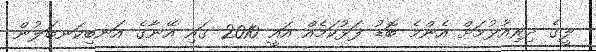
ލީގެ ދިރިއުޅުމަށް އެންމެ ބޮޑު ފަޅުކަމެއް އައީ 2010 ގައި އޭނާގެ އަނބިކަނބަލުން